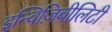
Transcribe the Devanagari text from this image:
इन्विज़िबीलिटी